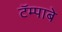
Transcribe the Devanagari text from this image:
टॅम्पाबे